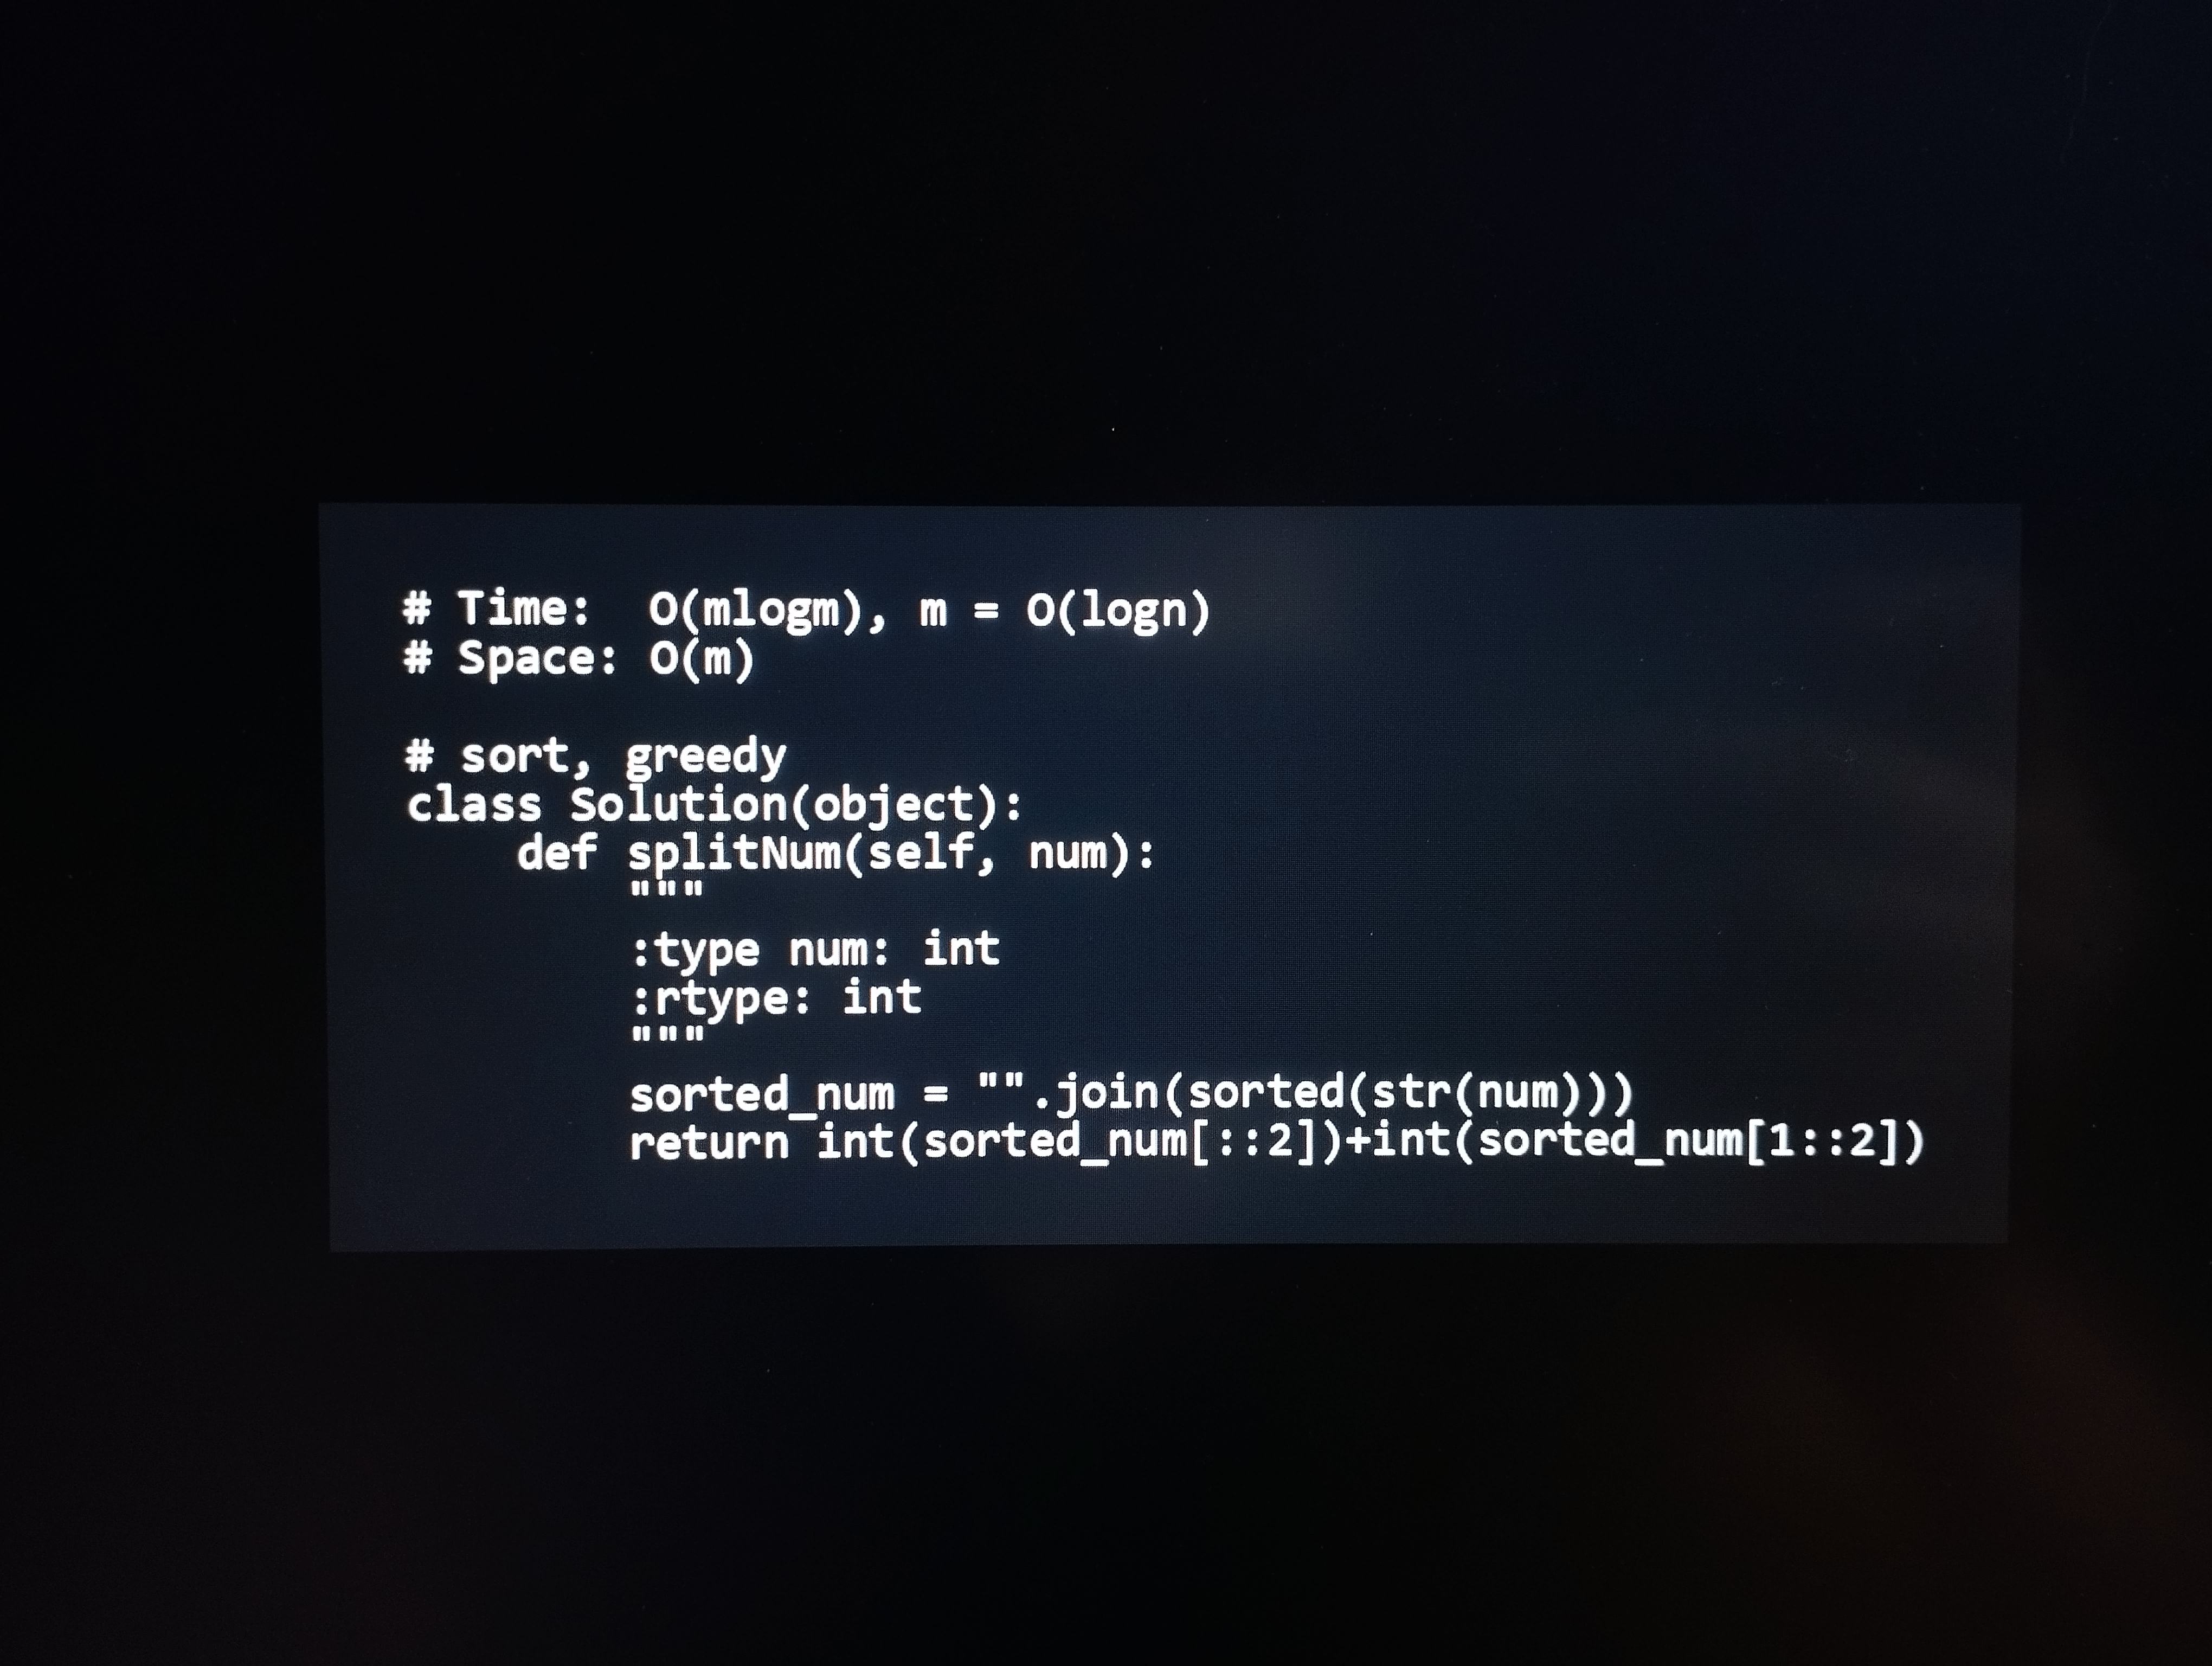
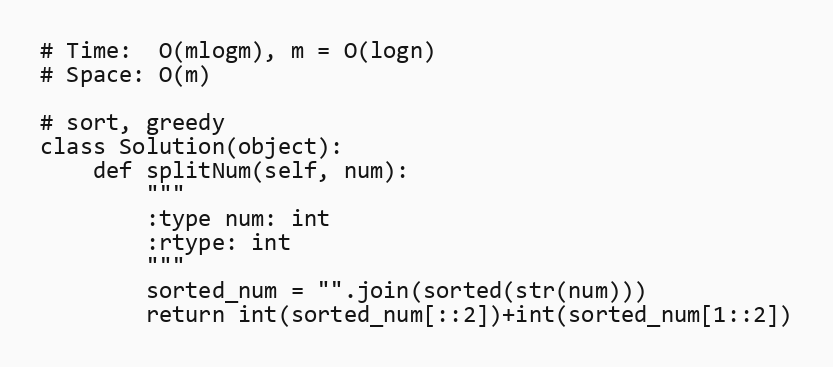
# Time:  O(mlogm), m = O(logn)
# Space: O(m)

# sort, greedy
class Solution(object):
    def splitNum(self, num):
        """
        :type num: int
        :rtype: int
        """
        sorted_num = "".join(sorted(str(num)))
        return int(sorted_num[::2])+int(sorted_num[1::2])